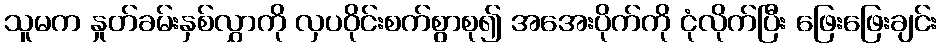
သူမက နှုတ်ခမ်းနှစ်လွှာကို လှပဝိုင်းစက်စွာစု၍ အအေးပိုက်ကို ငုံလိုက်ပြီး ဖြေးဖြေးချင်း